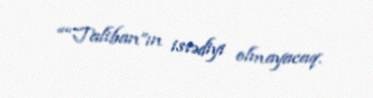
““Taliban”ın istədiyi olmayacaq.